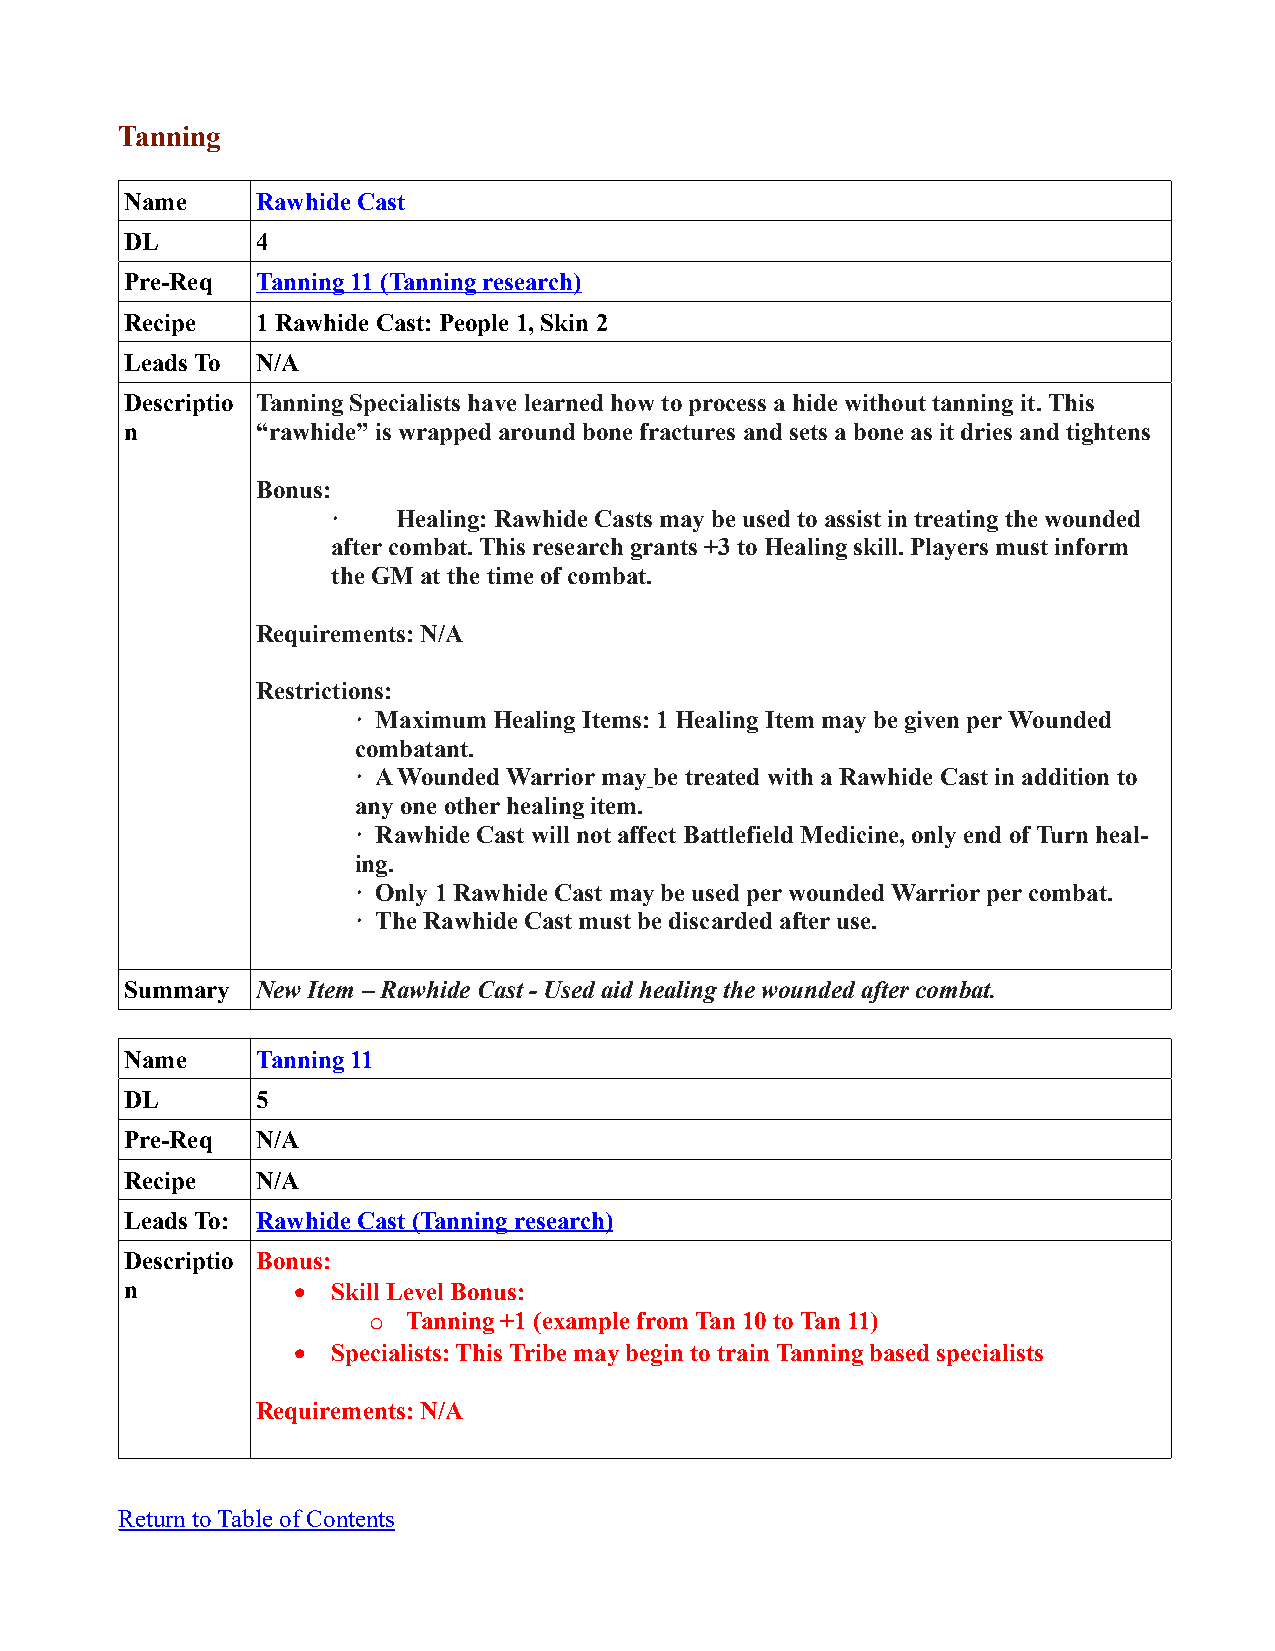
Tanning
 Name     Rawhide Cast
 DL       4
 Pre-Req  Tanning 11 (Tanning research)
 Recipe   1 Rawhide Cast: People 1, Skin 2
 Leads To N/A
 Descriptio Tanning Specialists have learned how to process a hide without tanning it. This
 n        “rawhide” is wrapped around bone fractures and sets a bone as it dries and tightens
 Bonus:
 ·   Healing: Rawhide Casts may be used to assist in treating the wounded
 after combat. This research grants +3 to Healing skill. Players must inform
 the GM at the time of combat.
 Requirements: N/A
 Restrictions:
 · Maximum Healing Items: 1 Healing Item may be given per Wounded
 combatant.
 · A Wounded Warrior may be treated with a Rawhide Cast in addition to
 any one other healing item.
 · Rawhide Cast will not affect Battlefield Medicine, only end of Turn heal-
 ing.
 · Only 1 Rawhide Cast may be used per wounded Warrior per combat.
 · The Rawhide Cast must be discarded after use.
 Summary  New Item – Rawhide Cast - Used aid healing the wounded after combat.
 Name     Tanning 11
 DL       5
 Pre-Req  N/A
 Recipe   N/A
 Leads To: Rawhide Cast (Tanning research)
 Descriptio Bonus:
 n            Skill Level Bonus:
 o  Tanning +1 (example from Tan 10 to Tan 11)
   Specialists: This Tribe may begin to train Tanning based specialists
 Requirements: N/A
 Return to Table of Contents